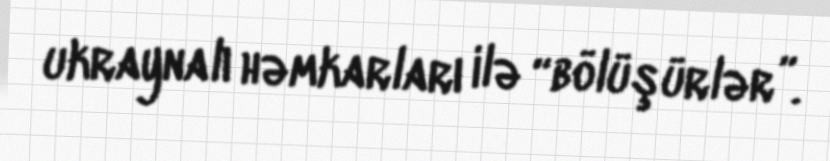
ukraynalı həmkarları ilə “bölüşürlər”.